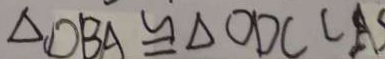
\Delta D B A \cong \Delta O D C C A S